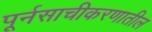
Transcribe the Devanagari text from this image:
पूर्नसाचीकरणातील